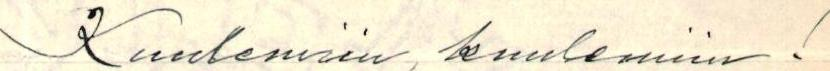
Kuulemiin, kuulemiin!